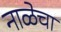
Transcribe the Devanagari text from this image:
नाळेचा